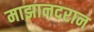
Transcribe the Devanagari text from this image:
माझानदरान